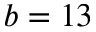
b = 1 3